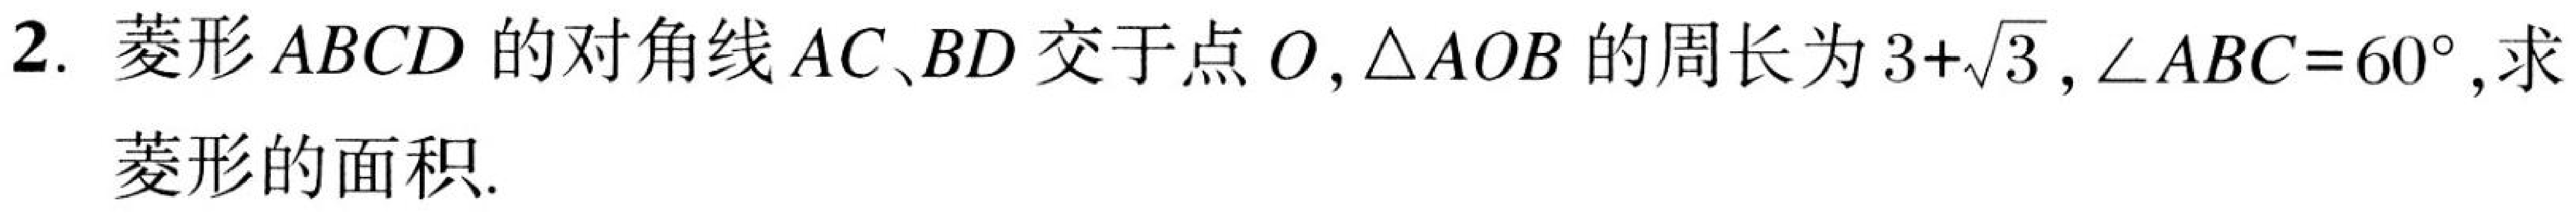
2. 菱形$ABCD$的对角线$AC、BD$交于点$O$,$\triangle AOB$的周长为$3 + \sqrt{3}$,$\angle ABC = 60^{\circ}$,求
菱形的面积.